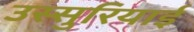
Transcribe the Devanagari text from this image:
उस्सुरियाई